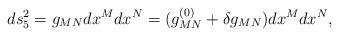
\begin{align*}ds_5^2 = g_{MN}dx^Mdx^N = (g_{MN}^{(0)} + \delta g_{MN})dx^Mdx^N,\end{align*}